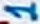
Text: 1